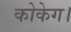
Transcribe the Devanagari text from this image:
कोकेग।